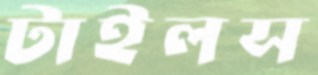
টাইলস